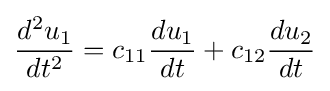
{\frac {d^{2}u_{1}}{dt^{2}}}=c_{11}{\frac {du_{1}}{dt}}+c_{12}{\frac {du_{2}}{dt}}